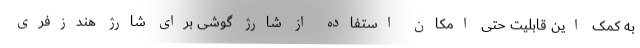
به کمک این قابلیت حتی امکان استفاده از شارژ گوشی برای شارژ هندزفری